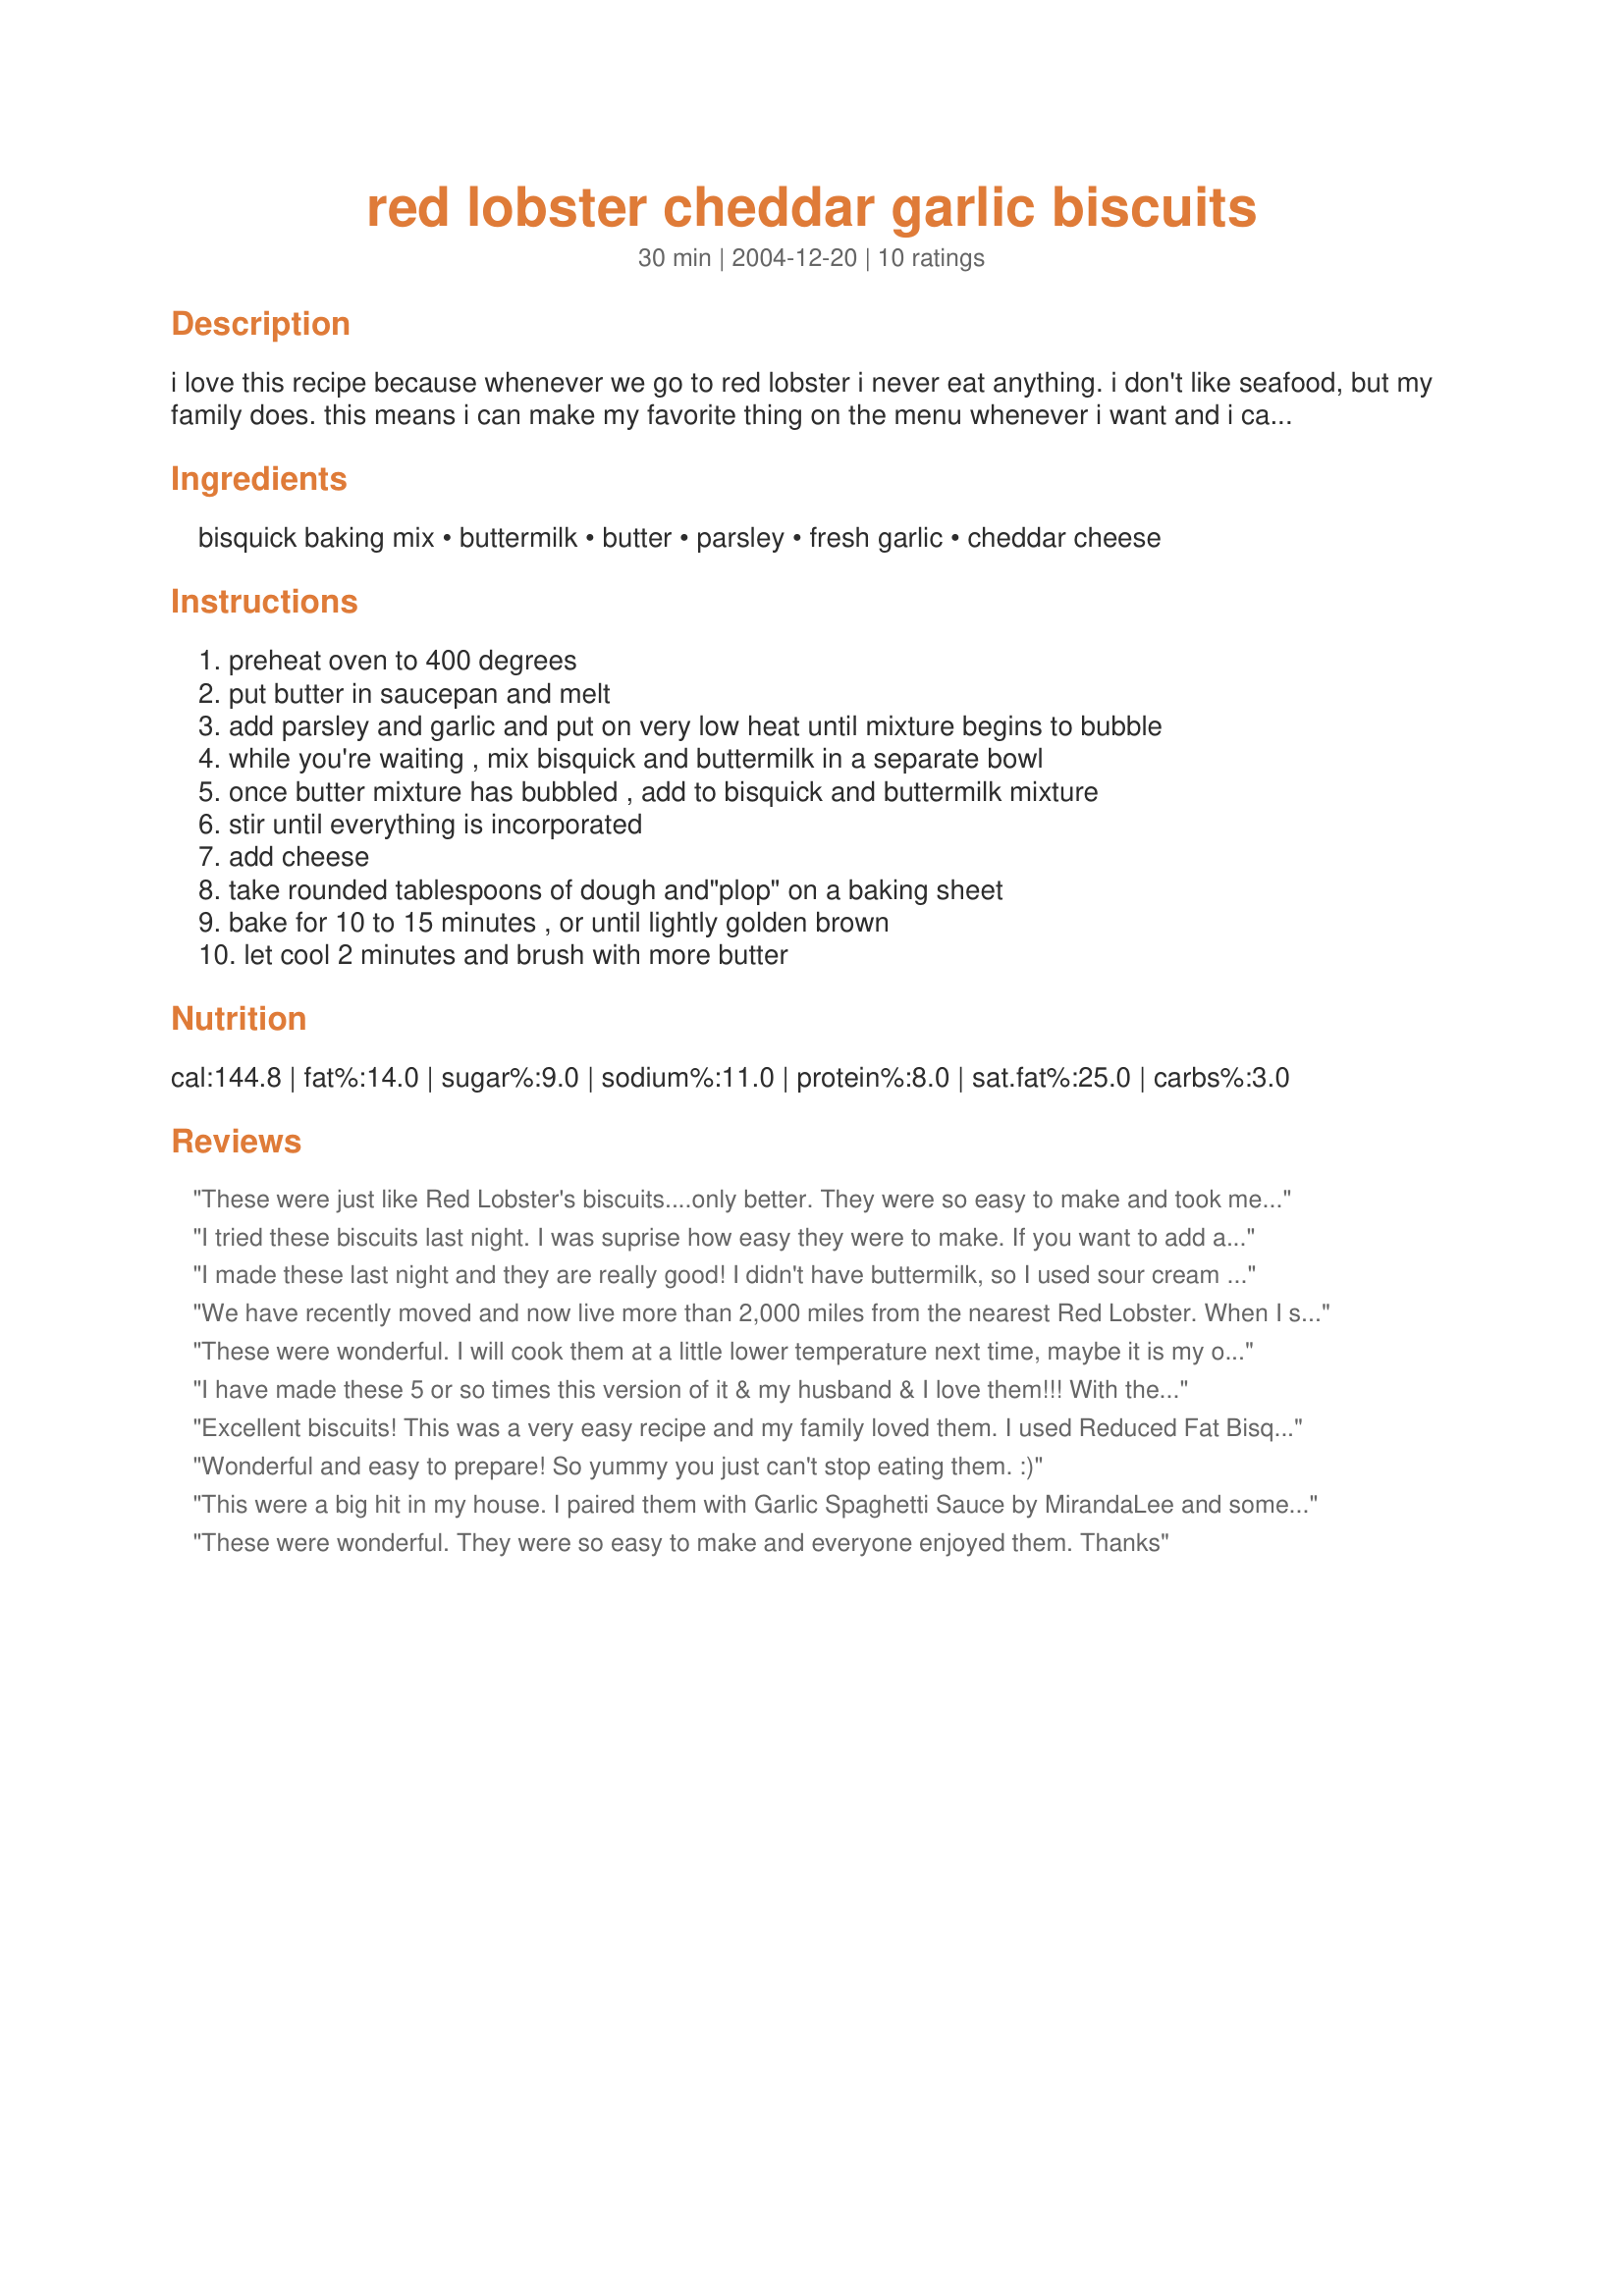
red lobster cheddar garlic biscuits
Preparation time: 30 minutes

i love this recipe because whenever we go to red lobster i never eat anything. i don't like seafood, but my family does. this means i can make my favorite thing on the menu whenever i want and i can do it in my pajamas!

Ingredients:
bisquick baking mix, buttermilk, butter, parsley, fresh garlic, cheddar cheese

Steps:
preheat oven to 400 degrees, put butter in saucepan and melt, add parsley and garlic and put on very low heat until mixture begins to bubble, while you're waiting , mix bisquick and buttermilk in a separate bowl, once butter mixture has bubbled , add to bisquick and buttermilk mixture, stir until everything is incorporated, add cheese, take rounded tablespoons of dough and"plop" on a baking sheet, bake for 10 to 15 minutes , or until lightly golden brown, let cool 2 minutes and brush with more butter

Reviews:
These were just like Red Lobster's biscuits....only better. They were so easy to make and took me about 10 minutes to throw together and 12 minutes in the oven. Next time I am going to use fresh parsley as I think this will make them even better. I have a house full of bread eaters and I am always trying new biscuit and bread recipies. Thank you for posting this recipe.
I tried these biscuits last night. I was suprise how easy they were to make. If you want to add a little more kick to this recipe,add 1/2 teaspoon of italian seasoning to mixture.
Thanks Cutie!
I made these last night and they are really good! I didn't have buttermilk, so I used sour cream watered down with a little milk. Super easy to make and the recipe makes exactly 1 dozen good sized biscuits. Thanks for sharing! :)
We have recently moved and now live more than 2,000 miles from the nearest Red Lobster. When I saw this recipe, it was like getting a great big gift a Christmas! These are absolutely wonderful, The Real McCoy!!! Thank you soooo much. Now if only I could find the RL recipe for their wonderful Coconut Shrimp and Dip.
These were wonderful. I will cook them at a little lower temperature next time, maybe it is my oven, but they were very dark on the bottom after 10 minutes. Tasted just like Red Lobster's!
I have made these 5 or so times this version of it & my husband & I love them!!! With the left over butter milk I found we also love recipe 92016 (Cinnamon Swirl Quick Bread) & we enjoyed 22080 (Baklava Muffins). Thanks for posting this!!!
Excellent biscuits! This was a very easy recipe and my family loved them. I used Reduced Fat Bisquick and Fat Free Buttermilk for a lower fat version and they still came out super tasty. Thanks for the great recipe!
Wonderful and easy to prepare! So yummy you just can't stop eating them. :)
This were a big hit in my house. I paired them with Garlic Spaghetti Sauce by MirandaLee and some panned seared shrimp. Everyone loved them!
These were wonderful. They were so easy to make and everyone enjoyed them. Thanks
